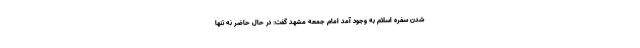
شدن سفره اسلام به وجود آمد امام جمعه مشهد گفت: در حال حاضر نه تنها